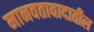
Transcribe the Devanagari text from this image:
मानवतावादातील